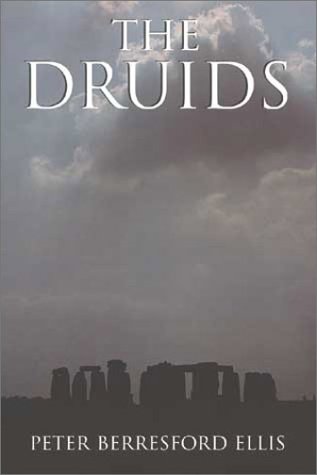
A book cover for The Druids; Peter Berresford Ellis; Religion & Spirituality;